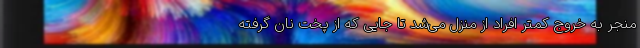
منجر به خروج کمتر افراد از منزل می‌شد تا جایی که از پخت نان گرفته